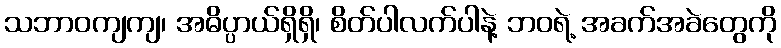
သဘာဝကျကျ၊ အဓိပ္ပာယ်ရှိရှိ၊ စိတ်ပါလက်ပါနဲ့ ဘဝရဲ့ အခက်အခဲတွေကို